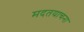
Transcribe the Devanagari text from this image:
मदतयाचना